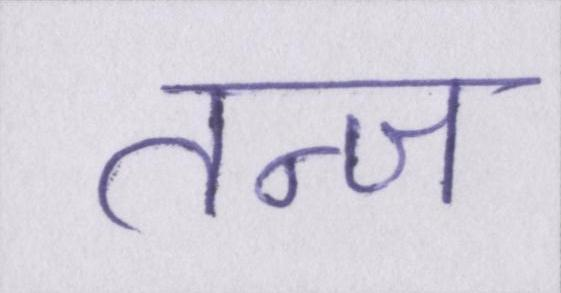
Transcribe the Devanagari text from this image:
तन्ज